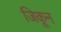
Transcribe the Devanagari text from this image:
जिकून